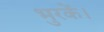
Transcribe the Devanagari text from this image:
भुरकें।